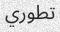
تطوري